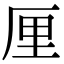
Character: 厘